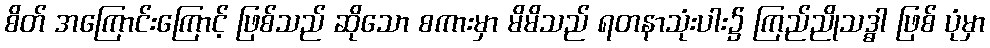
စိတ် အကြောင်းကြောင့် ဖြစ်သည် ဆိုသော စကားမှာ မိမိသည် ရတနာသုံးပါး၌ ကြည်ညိုသဒ္ဓါ ဖြစ် ပုံမှာ